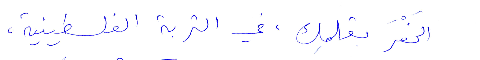
الحَفْرَ بقلمك، في التربة الفلسطينية،